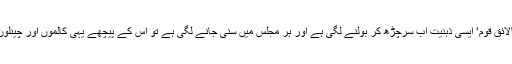
’ہم تو ہیں ہی ایک ناکام اور نالائق قوم‘ ایسی ذہنیت اب سرچڑھ کر بولنے لگی ہے اور ہر مجلس میں سنی جانے لگی ہے تو اس کے پیچھے یہی کالموں اور چینلوں میں گھس بیٹھی مخلوق ہے۔